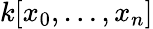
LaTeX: k[x_{0},\dots,x_{n}]